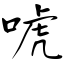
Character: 唬